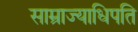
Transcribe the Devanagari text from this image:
साम्राज्याधिपति